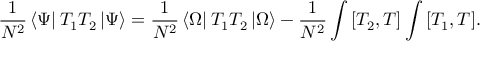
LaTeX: { \frac { 1 } { N ^ { 2 } } } \left< \Psi \right| { T _ { 1 } } { T _ { 2 } } \left| \Psi \right> = { \frac { 1 } { N ^ { 2 } } } \left< \Omega \right| { T _ { 1 } } { T _ { 2 } } \left| \Omega \right> - { \frac { 1 } { N ^ { 2 } } } \int { \left[ T _ { 2 } , T \right] } \int { \left[ T _ { 1 } , T \right] } .